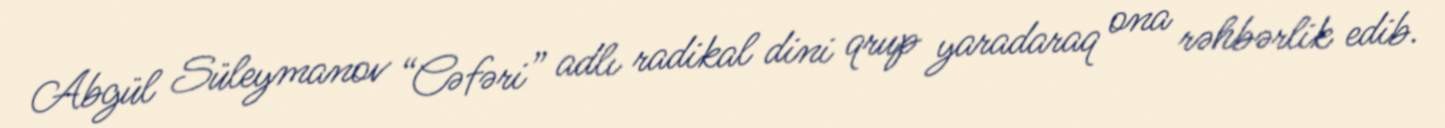
Abgül Süleymanov “Cəfəri” adlı radikal dini qrup yaradaraq ona rəhbərlik edib.